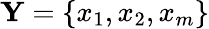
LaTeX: \mathbf{Y}=\{ x_{1},x_{2},x_{m}\}